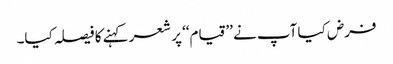
فرض کیا آپ نے ’’قیام‘‘ پر شعر کہنے کا فیصلہ کیا۔